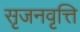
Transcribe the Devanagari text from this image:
सृजनवृत्ति